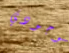
بوجودي